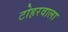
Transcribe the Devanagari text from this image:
टोहरवाला